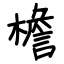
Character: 檐